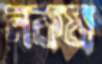
নকষ্য